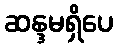
ဆန္ဒမရှိပေ